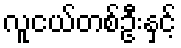
လူငယ်တစ်ဦးနှင့်